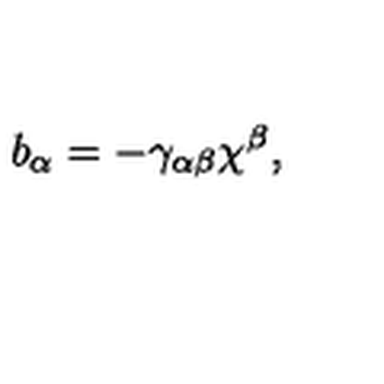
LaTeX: b _ { \alpha } = - \gamma _ { \alpha \beta } \chi ^ { \beta } ,